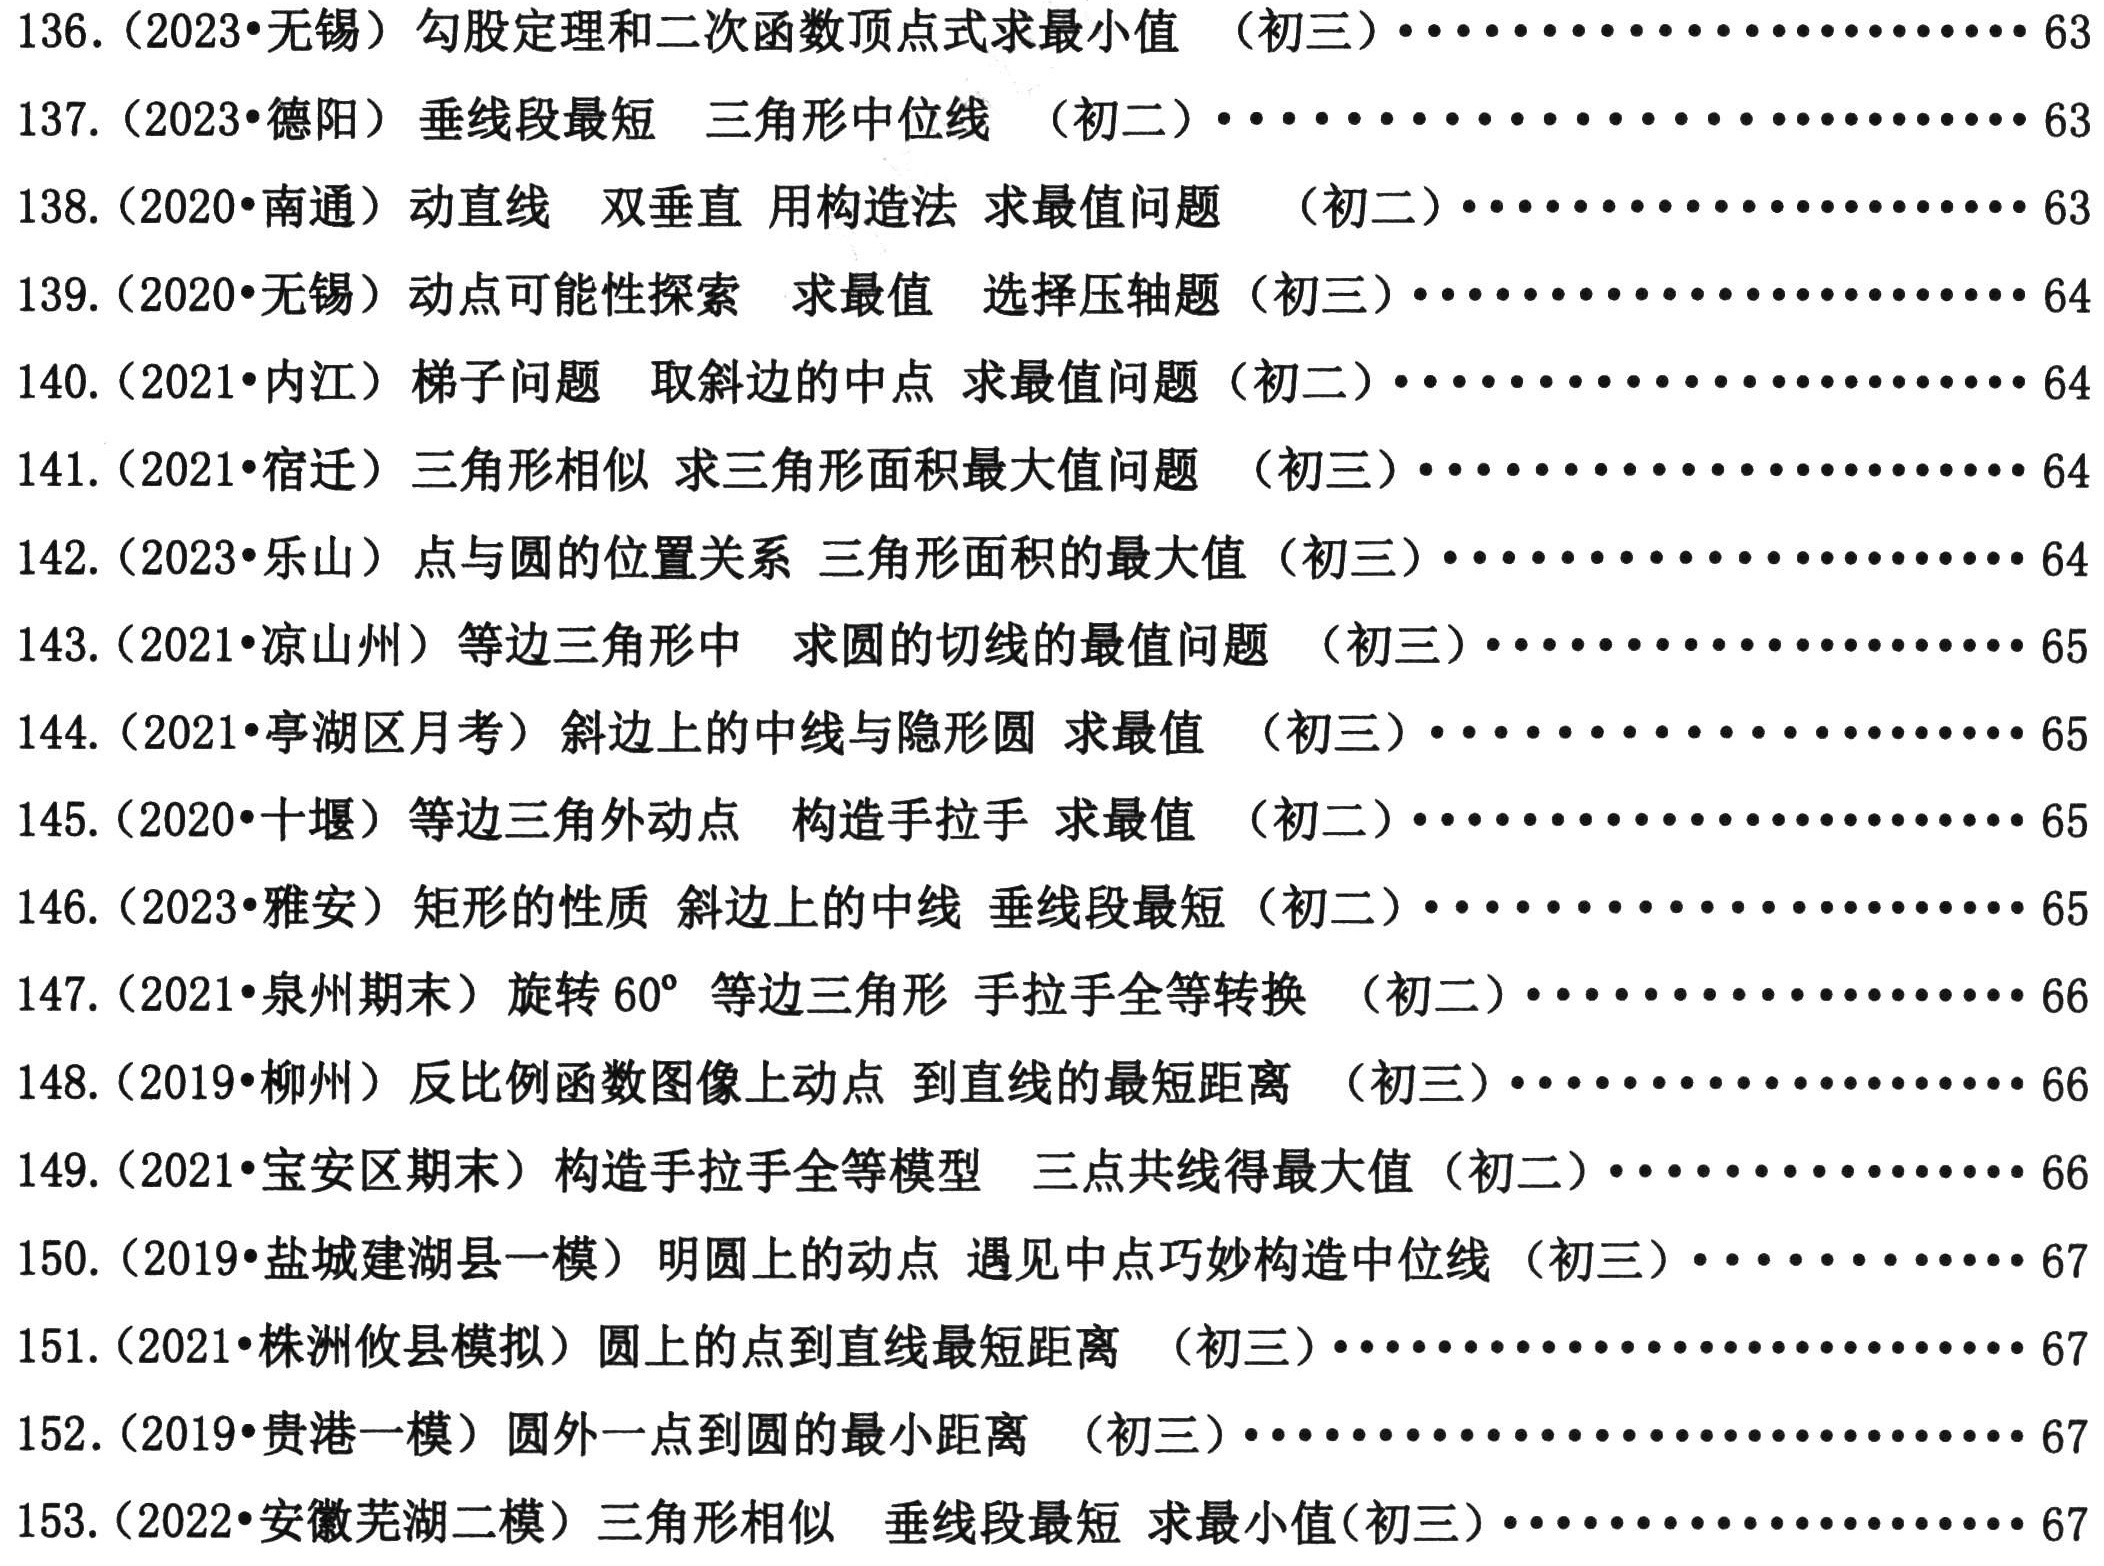
136. (2023•无锡) 勾股定理和二次函数顶点式求最小值 （初三）...................................... 63
137. (2023•德阳) 垂线段最短 三角形中位线 （初二）...................................... 63
138. (2023•南通) 动直线 双垂直 用构造法 求最值问题 （初二）...................................... 63
139. (2020•南通) 动点可能性探索 求最值 选择压轴题 （初三）...................................... 64
140. (2020•内江) 梯子问题 取斜边的中点 求最值问题 （初二）...................................... 64
141. (2021•宿迁) 三角形相似 求三角形面积最大值问题 （初三）...................................... 64
142. (2023•乐山) 点与圆的位置关系 三角形面积的最大值 （初三）...................................... 64
143. (2021•凉山州) 等边三角形中 求圆的切线的最值问题 （初三）...................................... 65
144. (2021•亭湖区月考) 斜边上的中线与隐形圆 求最值 （初二）...................................... 65
145. (2020•十堰) 等边三角外动点 构造手拉手 求最值 （初二）...................................... 65
146. (2020•雅安) 矩形的性质 斜边上的中线 垂线段最短 （初二）...................................... 65
147. (2021•泉州期末) 旋转60° 等边三角形 手拉手全等转换 （初二）...................................... 66
148. (2019•柳州) 反比例函数图像上动点到直线的最短距离 （初三）...................................... 66
149. (2021•宝安区期末) 构造手拉手全等模型 三点共线得最大值 （初二）...................................... 66
150. (2019•盐城建湖县一模) 明圆上的动点 遇见中点巧妙构造中位线 （初三）...................................... 67
151. (2021•株洲攸县模拟) 圆上的点到直线最短距离 （初三）...................................... 67
152. (2019•贵港一模) 圆外一点到圆的最小距离 （初三）...................................... 67
153. (2022•安徽芜湖二模) 三角形相似 垂线段最短 求最小值(初三）...................................... 67